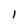
Character: l